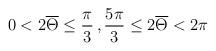
LaTeX: \begin{align*}0< 2\overline\Theta \leq \frac{\pi}{3}\, , \frac{5\pi}{3} \leq 2\overline\Theta < 2\pi\end{align*}